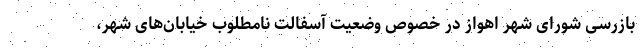
بازرسی شورای شهر اهواز در خصوص وضعیت آسفالت نامطلوب خیابان‌های شهر،